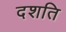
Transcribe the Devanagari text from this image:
दशति